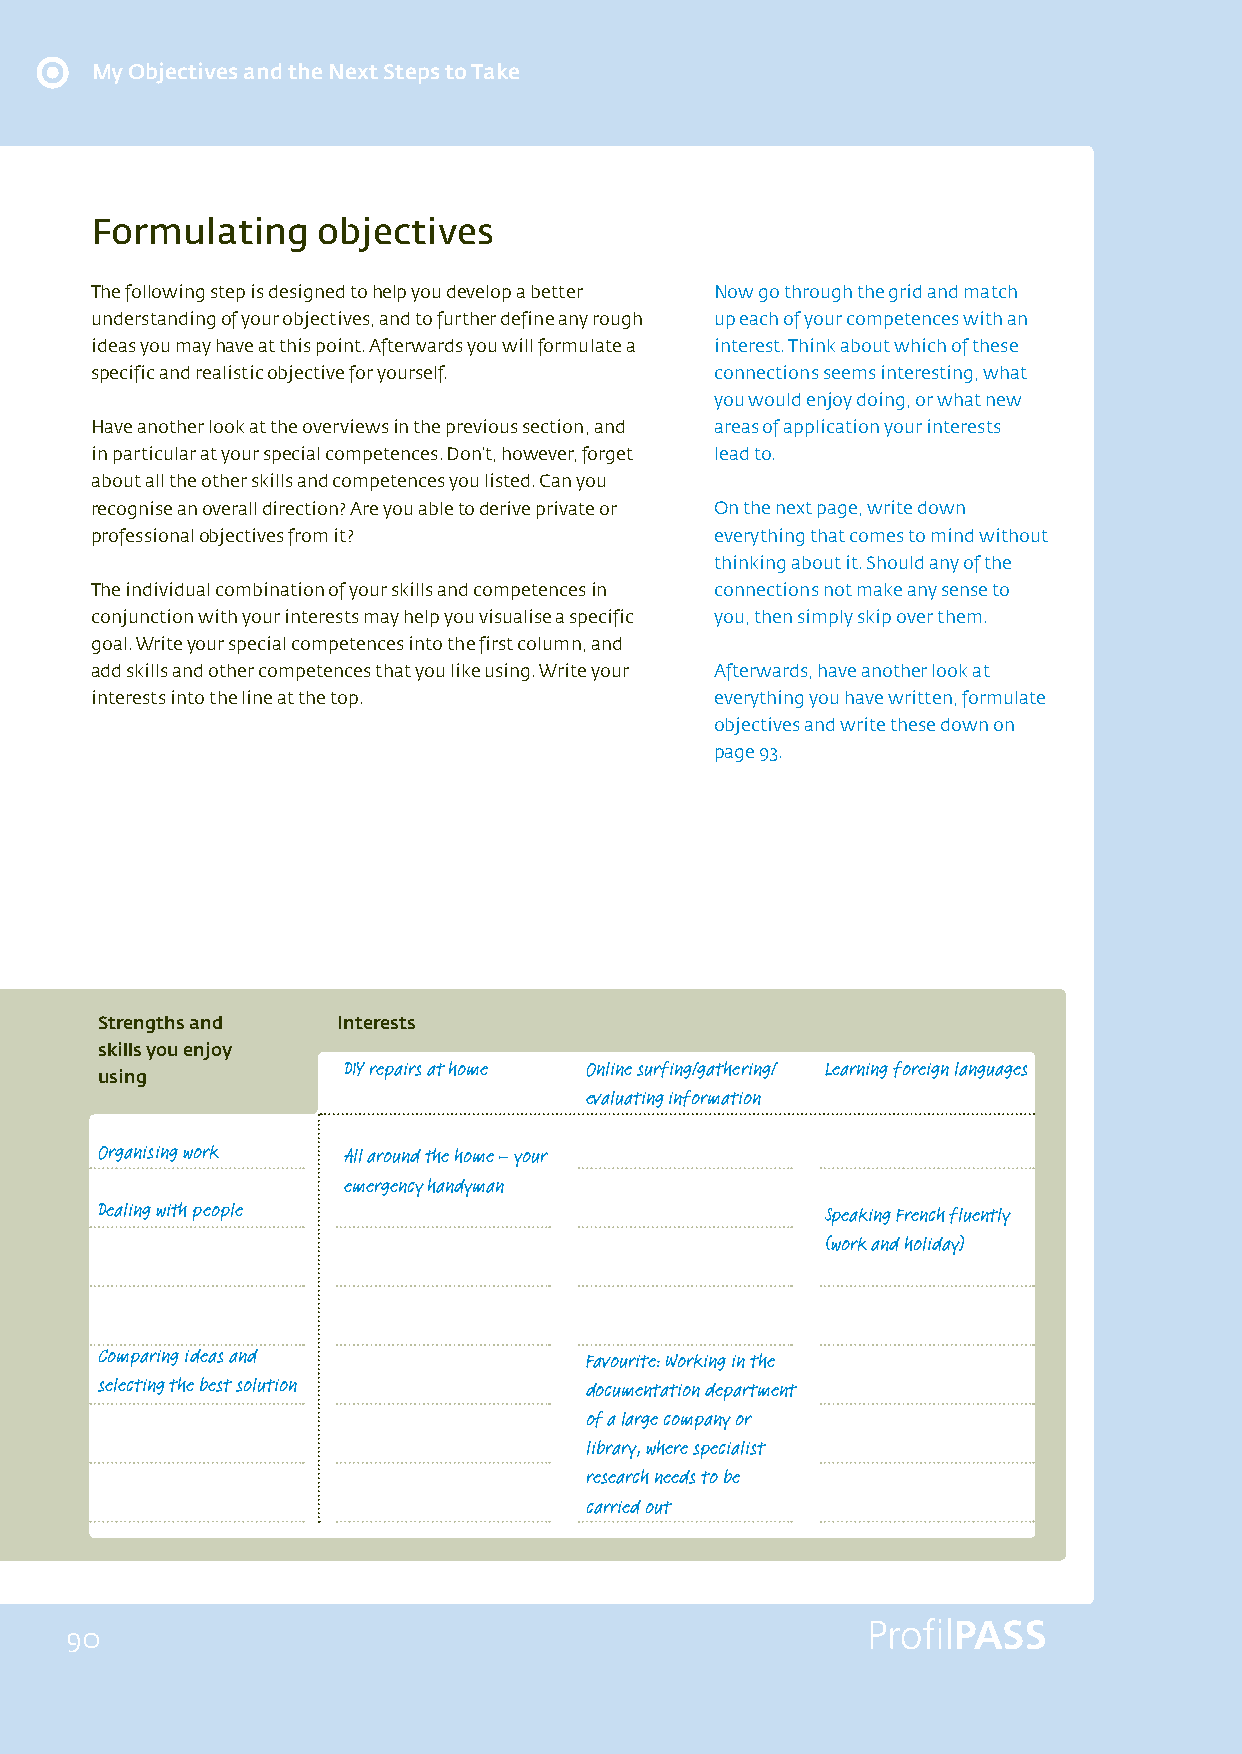
My Objectives and the Next Steps to Take
 Formulating    objectives
 The following step is designed to help you develop a better Now go through the grid and match
 understanding of your objectives, and to further define any rough up each of your competences with an
 ideas you may have at this point. Afterwards you will formulate a interest. Think about which of these
 specific and realistic objective for yourself. connections seems interesting, what
 you would enjoy doing, or what new
 Have another look at the overviews in the previous section, and areas of application your interests
 in particular at your special competences. Don’t, however, forget lead to.
 about all the other skills and competences you listed. Can you
 recognise an overall direction? Are you able to derive private or On the next page, write down
 professional objectives from it?         everything that comes to mind without
 thinking about it. Should any of the
 The individual combination of your skills and competences in connections not make any sense to
 conjunction with your interests may help you visualise a specific you, then simply skip over them.
 goal. Write your special competences into the first column, and
 add skills and other competences that you like using. Write your Afterwards, have another look at
 interests into the line at the top.      everything you have written, formulate
 objectives and write these down on
 page 93.
 Strengths and   Interests
 skills you enjoy
 DIY repairs at home Online surfing/gathering/ Learning foreign languages
 using
 evaluating information
 Organising work  All around the home – your
 emergency handyman
 Dealing with people                              Speaking French fluently
 (work and holiday)
 Comparing ideas and              Favourite: Working in the
 selecting the best solution      documentation department
 of a large company or
 library, where specialist
 research needs to be
 carried out
 90